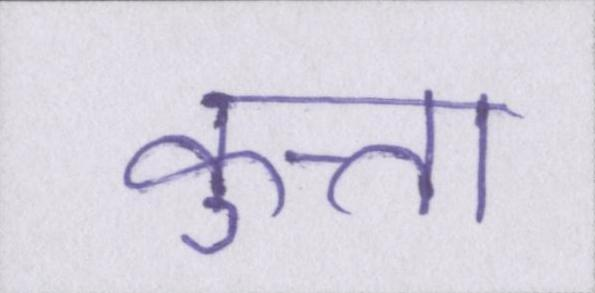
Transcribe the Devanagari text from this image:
कुत्ता